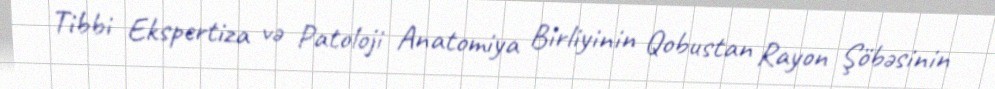
Tibbi Ekspertiza və Patoloji Anatomiya Birliyinin Qobustan Rayon Şöbəsinin